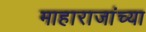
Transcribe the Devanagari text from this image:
माहाराजांच्या